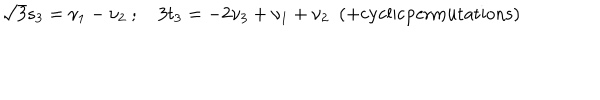
LaTeX: { \sqrt 3 } s _ { 3 } = \nu _ { 1 } - \nu _ { 2 } \ ; \quad 3 t _ { 3 } = - 2 \nu _ { 3 } + \nu _ { 1 } + \nu _ { 2 } \ \ ( + \mathrm { c y c l i c p e r m u t a t i o n s } )